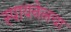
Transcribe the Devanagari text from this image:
स्पायनेलचा